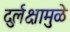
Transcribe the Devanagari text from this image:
दुर्लक्षामुळे